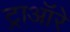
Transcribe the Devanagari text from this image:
ट्राऑरे